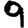
Digit: 9